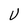
Character: U